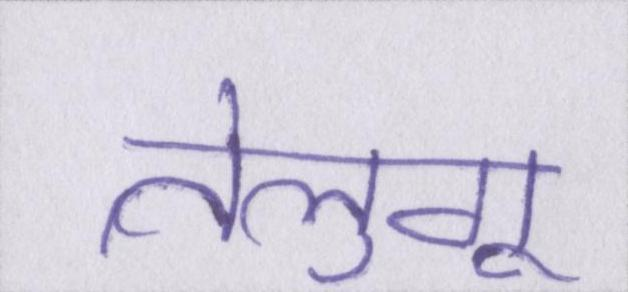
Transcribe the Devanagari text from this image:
तेलुगू